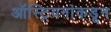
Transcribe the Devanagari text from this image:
ऑस्ट्रियनांकडून